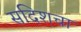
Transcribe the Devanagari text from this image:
सदिशचा